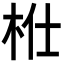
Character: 𣐴